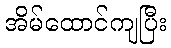
အိမ်ထောင်ကျပြီး